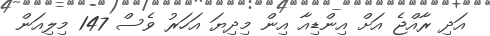
އަދި ރާއްޖެ އަށް އިންޑިއާ އިން މިދިޔަ އަހަރު ވެސް 147 މިލިއަން